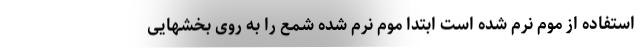
استفاده از موم نرم شده است ابتدا موم نرم شده شمع را به روی بخشهایی